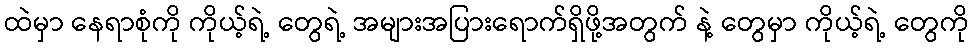
ထဲမှာ နေရာစုံကို ကိုယ့်ရဲ့ တွေရဲ့ အများအပြားရောက်ရှိဖို့အတွက် နဲ့ တွေမှာ ကိုယ့်ရဲ့ တွေကို